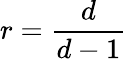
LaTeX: r=\frac{d}{d-1}